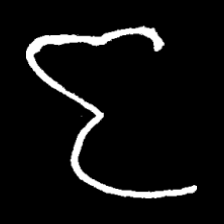
Pyu character \u2014 Myanmar letter: ဇ (romanized: ja)